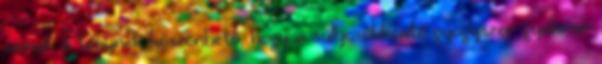
annak a ténynek köszönhető, hogy a súlycsökkentő gyógyszer gyakran